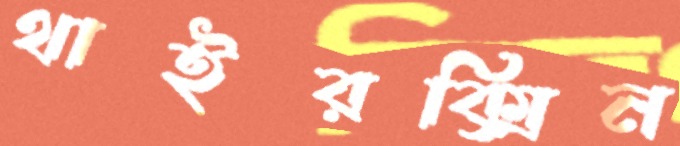
থাইরক্সিন